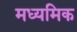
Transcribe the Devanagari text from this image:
मध्यमिक